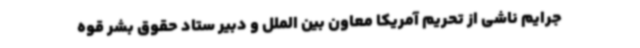
جرایم ناشی از تحریم آمریکا معاون بین الملل و دبیر ستاد حقوق بشر قوه